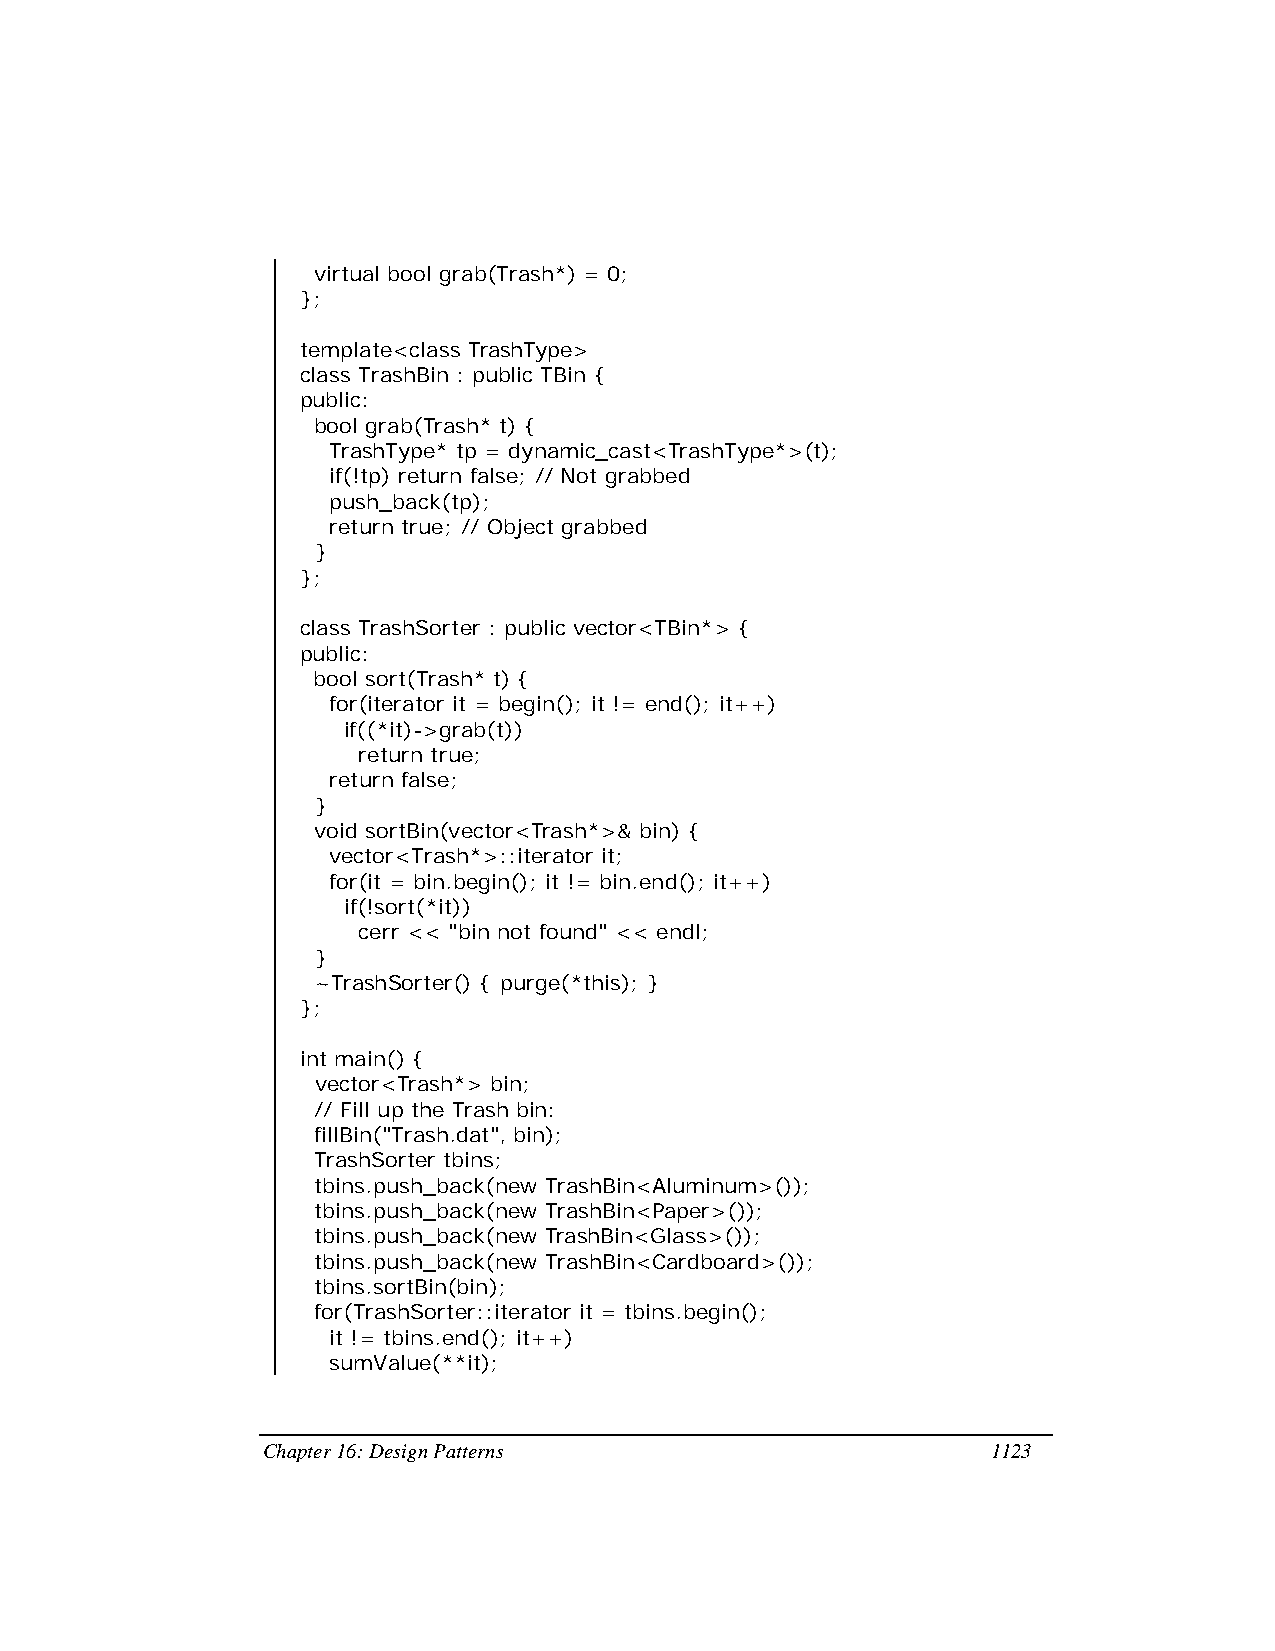
virtual bool grab(Trash*) = 0;
 };
 template<class TrashType>
 class TrashBin : public TBin {
 public:
 bool grab(Trash* t) {
 TrashType* tp = dynamic_cast<TrashType*>(t);
 if(!tp) return false; // Not grabbed
 push_back(tp);
 return true; // Object grabbed
 }
 };
 class TrashSorter : public vector<TBin*> {
 public:
 bool sort(Trash* t) {
 for(iterator it = begin(); it != end(); it++)
 if((*it)->grab(t))
 return true;
 return false;
 }
 void sortBin(vector<Trash*>& bin) {
 vector<Trash*>::iterator it;
 for(it = bin.begin(); it != bin.end(); it++)
 if(!sort(*it))
 cerr << "bin not found" << endl;
 }
 ~TrashSorter() { purge(*this); }
 };
 int main() {
 vector<Trash*> bin;
 // Fill up the Trash bin:
 fillBin("Trash.dat", bin);
 TrashSorter tbins;
 tbins.push_back(new TrashBin<Aluminum>());
 tbins.push_back(new TrashBin<Paper>());
 tbins.push_back(new TrashBin<Glass>());
 tbins.push_back(new TrashBin<Cardboard>());
 tbins.sortBin(bin);
 for(TrashSorter::iterator it = tbins.begin();
 it != tbins.end(); it++)
 sumValue(**it);
 Chapter 16: Design Patterns                      1123